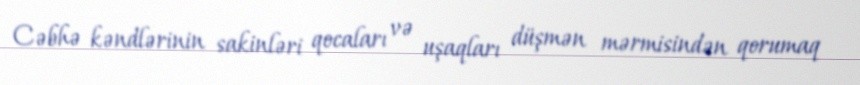
Cəbhə kəndlərinin sakinləri qocaları və uşaqları düşmən mərmisindən qorumaq